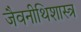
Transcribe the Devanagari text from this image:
जैवनीथिशास्त्र